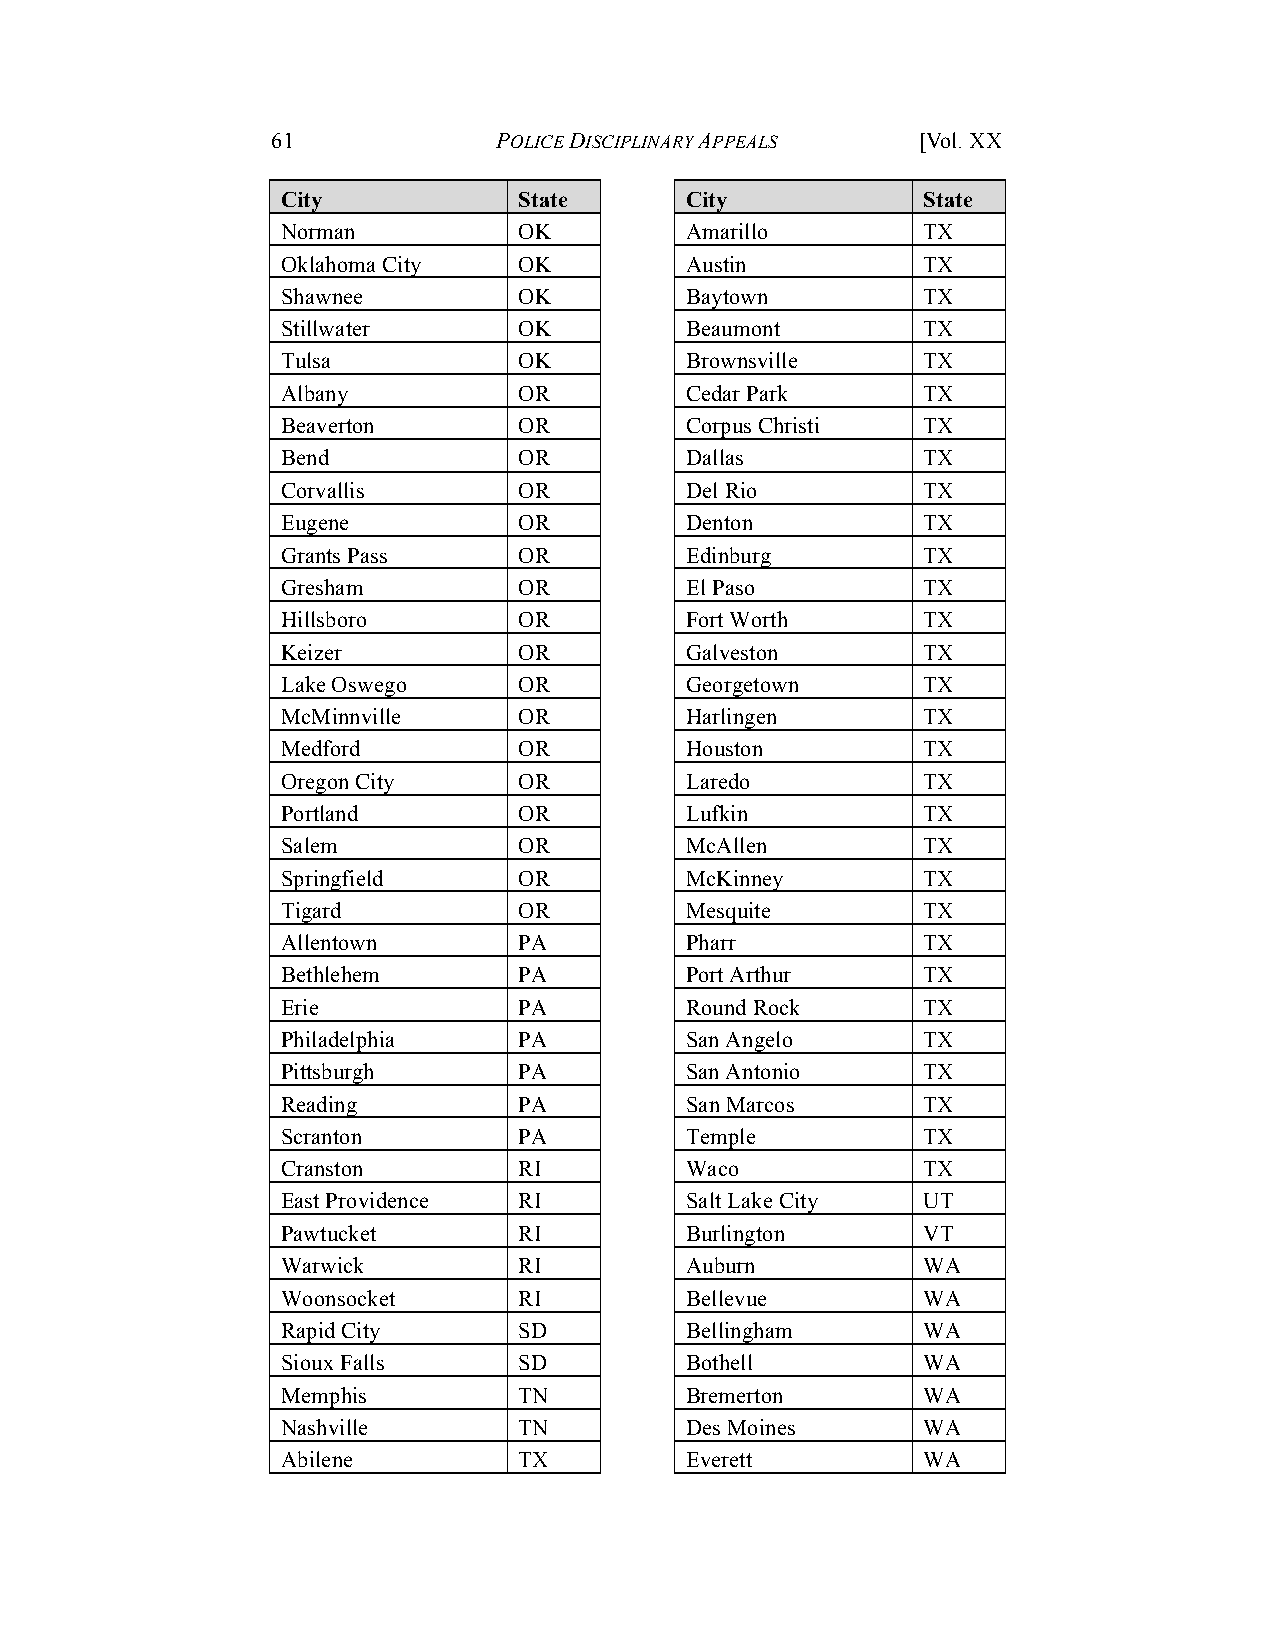
61             POLICE DISCIPLINARY APPEALS [Vol. XX
 City           State      City            State
 Norman         OK         Amarillo        TX
 Oklahoma City  OK         Austin          TX
 Shawnee        OK         Baytown         TX
 Stillwater     OK         Beaumont        TX
 Tulsa          OK         Brownsville     TX
 Albany         OR         Cedar Park      TX
 Beaverton      OR         Corpus Christi  TX
 Bend           OR         Dallas          TX
 Corvallis      OR         Del Rio         TX
 Eugene         OR         Denton          TX
 Grants Pass    OR         Edinburg        TX
 Gresham        OR         El Paso         TX
 Hillsboro      OR         Fort Worth      TX
 Keizer         OR         Galveston       TX
 Lake Oswego    OR         Georgetown      TX
 McMinnville    OR         Harlingen       TX
 Medford        OR         Houston         TX
 Oregon City    OR         Laredo          TX
 Portland       OR         Lufkin          TX
 Salem          OR         McAllen         TX
 Springfield    OR         McKinney        TX
 Tigard         OR         Mesquite        TX
 Allentown      PA         Pharr           TX
 Bethlehem      PA         Port Arthur     TX
 Erie           PA         Round Rock      TX
 Philadelphia   PA         San Angelo      TX
 Pittsburgh     PA         San Antonio     TX
 Reading        PA         San Marcos      TX
 Scranton       PA         Temple          TX
 Cranston       RI         Waco            TX
 East Providence RI        Salt Lake City  UT
 Pawtucket      RI         Burlington      VT
 Warwick        RI         Auburn          WA
 Woonsocket     RI         Bellevue        WA
 Rapid City     SD         Bellingham      WA
 Sioux Falls    SD         Bothell         WA
 Memphis        TN         Bremerton       WA
 Nashville      TN         Des Moines      WA
 Abilene        TX         Everett         WA